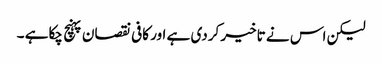
لیکن اس نے تاخیر کردی ہے اور کافی نقصان پہنچ چکاہے ۔